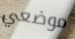
موضعي